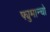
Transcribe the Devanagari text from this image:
फ्युमान्चो